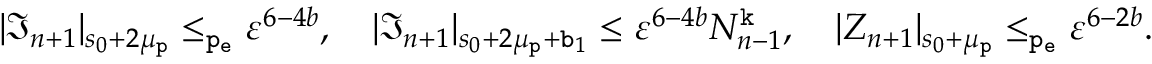
\begin{array} { r } { | \mathfrak { I } _ { n + 1 } | _ { s _ { 0 } + 2 \mu _ { \mathtt { p } } } \le _ { \mathtt { p _ { e } } } \varepsilon ^ { 6 - 4 b } , \quad | \mathfrak { I } _ { n + 1 } | _ { s _ { 0 } + 2 \mu _ { \mathtt { p } } + \mathtt { b } _ { 1 } } \le \varepsilon ^ { 6 - 4 b } N _ { n - 1 } ^ { \mathtt { k } } , \quad | Z _ { n + 1 } | _ { s _ { 0 } + \mu _ { \mathtt { p } } } \le _ { \mathtt { p _ { e } } } \varepsilon ^ { 6 - 2 b } . } \end{array}